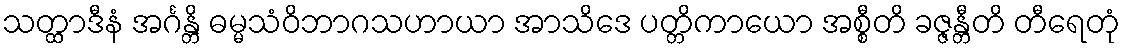
သတ္ထာဒီနံ အင်္ဂန္တိ ဓမ္မသံဝိဘာဂသဟာယာ အာသိဒေ ပတ္တိကာယော အစ္စီတိ ခဇ္ဇန္တီတိ တီရေတုံ